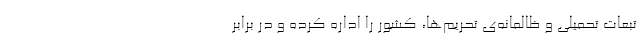
تبعات تحمیلی و ظالمانه‌ی تحریم‌ها، کشور را اداره کرده و در برابر